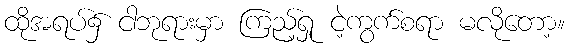
ထိုအရပ်၌ ငါဘုရားမှာ ကြည့်ရှု ငဲ့ကွက်စရာ မလိုတော့။